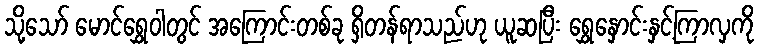
သို့သော် မောင်ရွှေဝါတွင် အကြောင်းတစ်ခု ရှိတန်ရာသည်ဟု ယူဆပြီး ရွှေနှောင်းနှင့်ကြာလှကို